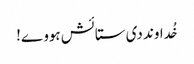
خُداوند دی ستائش ہووے!